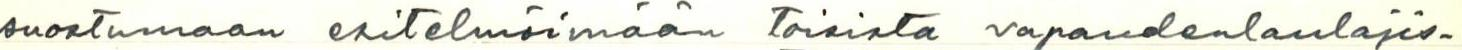
suostumaan esitelmöimään toisista vapaudenlaulajis-